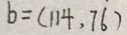
b = ( 1 1 4 , 7 6 )